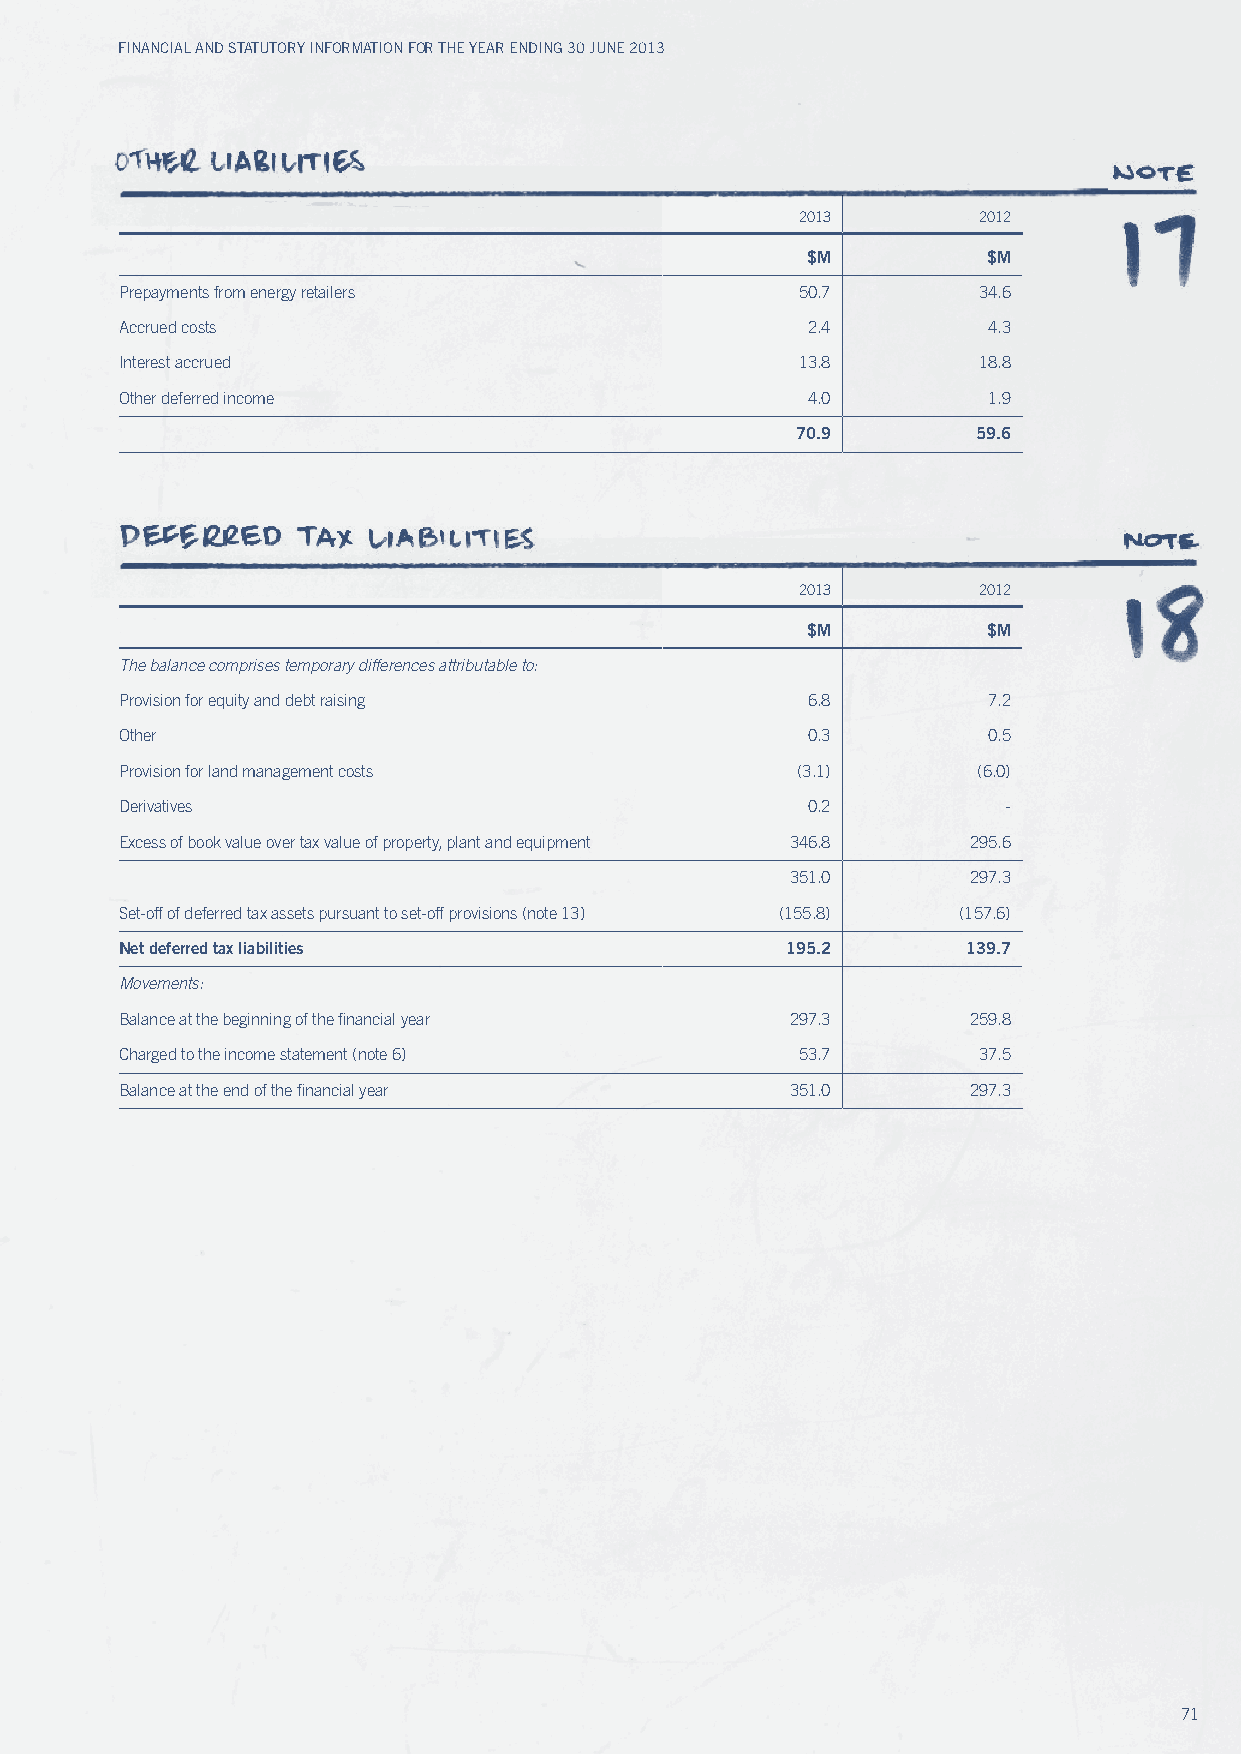
Financial and Statutory inFormation For the year ending 30 June 2013
 2013        2012
 $M          $M
 Prepayments from energy retailers            50.7        34.6
 Accrued costs                                2.4         4.3
 Interest accrued                             13.8        18.8
 Other deferred income                        4.0         1.9
 70.9        59.6
 2013        2012
 $M          $M
 the balance comprises temporary differences attributable to:
 Provision for equity and debt raising        6.8         7.2
 Other                                        0.3         0.5
 Provision for land management costs          (3.1)       (6.0)
 Derivatives                                  0.2           -
 Excess of book value over tax value of property, plant and equipment 346.8 295.6
 351.0       297.3
 Set-off of deferred tax assets pursuant to set-off provisions (note 13) (155.8) (157.6)
 Net deferred tax liabilities                195.2       139.7
 Movements:
 Balance at the beginning of the financial year 297.3    259.8
 Charged to the income statement (note 6)     53.7        37.5
 Balance at the end of the financial year    351.0       297.3
 71